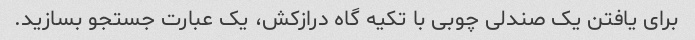
برای یافتن یک صندلی چوبی با تکیه گاه درازکش، یک عبارت جستجو بسازید.